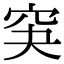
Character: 䆕